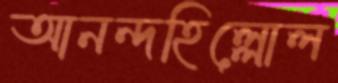
আনন্দহিল্লোল